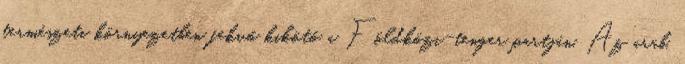
természeti környezetben fekvő kikötő a Földközi-tenger partján. Az arab,